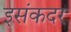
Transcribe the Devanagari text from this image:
इसंकदर